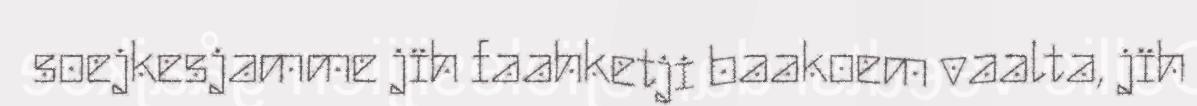
soejkesjamme jïh faahketji baakoem vaalta, jïh